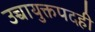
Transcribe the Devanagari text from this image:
उच्चायुक्तपदही